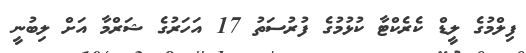
ފިލްމުގެ ލީޑް ކެރެކްޓާ ކުޅުމުގެ ފުރުސަތު 17 އަހަރުގެ ޝަރްމާ އަށް ލިބުނީ